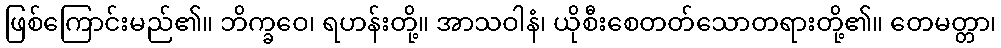
ဖြစ်ကြောင်းမည်၏။ ဘိက္ခဝေ၊ ရဟန်းတို့။ အာသဝါနံ၊ ယိုစီးစေတတ်သောတရားတို့၏။ တေမတ္တာ၊